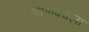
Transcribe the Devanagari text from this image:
चाणक्यला